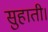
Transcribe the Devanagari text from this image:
सुहाती।